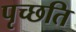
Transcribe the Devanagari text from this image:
पृच्छति